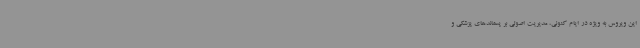
این ویروس به ویژه در ایام کنونی، مدیریت اصولی بر پسماندهای پزشکی و